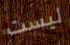
ليست